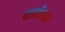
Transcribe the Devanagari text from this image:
वार्त्तालाप